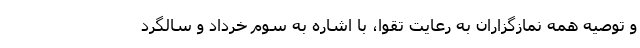
و توصیه همه نمازگزاران به رعایت تقوا، با اشاره به سوم خرداد و سالگرد